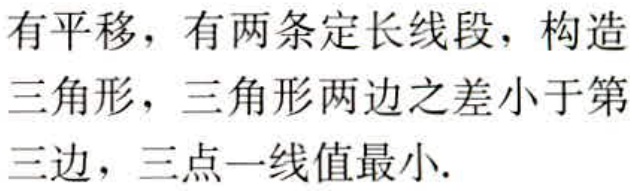
有平移，有两条定长线段，构造三角形，三角形两边之差小于第三边，三点一线值最小.